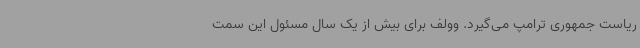
ریاست جمهوری ترامپ می‌گیرد. وولف برای بیش از یک سال مسئول این سمت